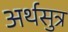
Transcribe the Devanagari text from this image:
अर्थसुत्र